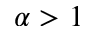
\alpha > 1